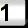
Digit: 1